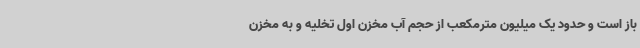
باز است و حدود یک میلیون مترمکعب از حجم آب مخزن اول تخلیه و به مخزن